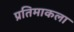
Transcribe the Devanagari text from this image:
प्रतिमाकला